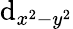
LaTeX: \mathrm{d}_{x^{2}-y^{2}}